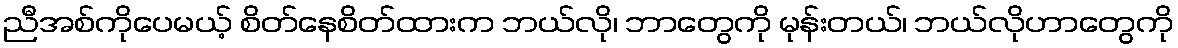
ညီအစ်ကိုပေမယ့် စိတ်နေစိတ်ထားက ဘယ်လို၊ ဘာတွေကို မုန်းတယ်၊ ဘယ်လိုဟာတွေကို